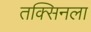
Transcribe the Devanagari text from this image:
तक्सिनला